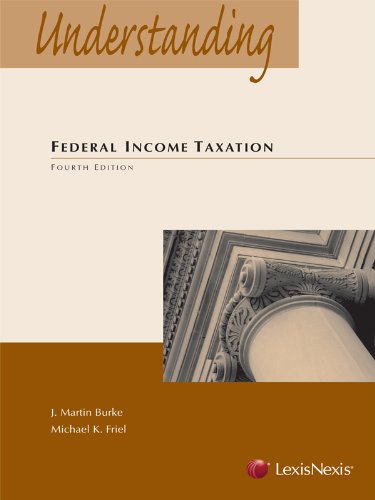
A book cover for Understanding Federal Income Taxation; J. Martin Burke; Law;